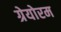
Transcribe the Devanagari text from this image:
ग्रेयोरम